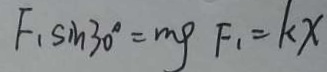
F _ { 1 } \sin 3 0 ^ { \circ } = m g F _ { 1 } = k x